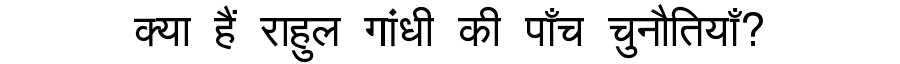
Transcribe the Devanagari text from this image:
क्या हैं राहुल गांधी की पाँच चुनौतियाँ?